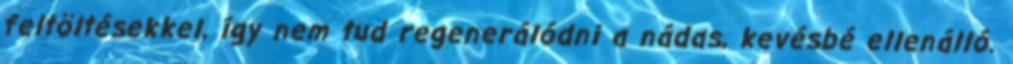
feltöltésekkel, így nem tud regenerálódni a nádas, kevésbé ellenálló.